Indian journal of veterinary science and animal husbandry - Volume 4,
Year: 1934
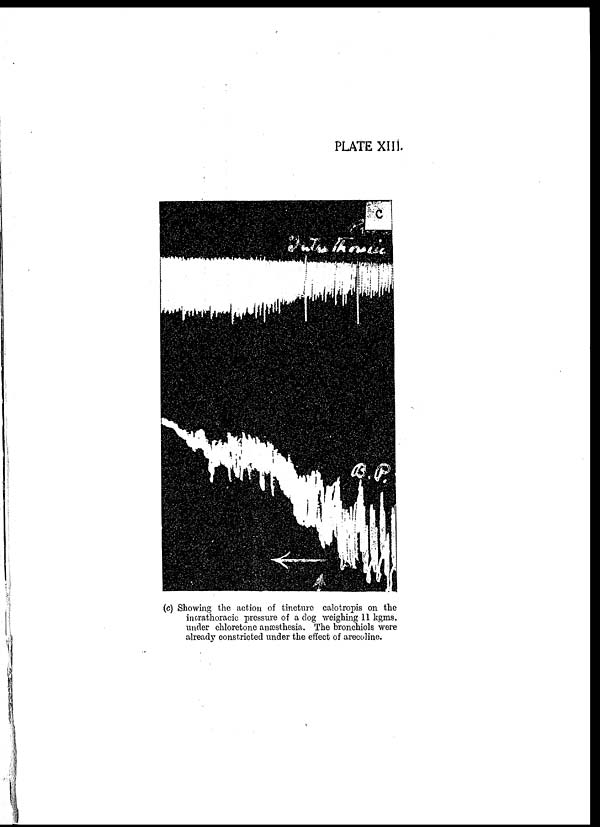
PLATE XIII.
(c) Showing the action of tincture calotropis on the
intrathoracic pressure of a dog weighing 11 kgms.
under chloretone anæsthesia. The bronchiols were
already constricted under the effect of arecoline.